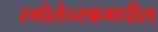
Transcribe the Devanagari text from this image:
स्मोलेन्स्कमधील